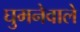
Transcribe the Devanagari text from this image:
घुमनेवाले